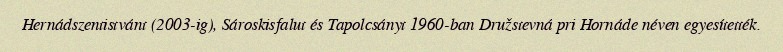
Hernádszentistvánt (2003-ig), Sároskisfalut és Tapolcsányt 1960-ban Družstevná pri Hornáde néven egyesítették.